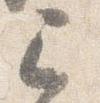
已